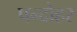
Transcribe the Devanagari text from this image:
पन्दोहर